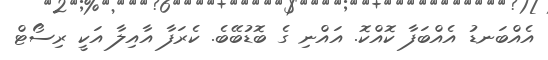
އެއްބަނޑު އެއްބަފާ ކޮއްކޮ. އައްނި ގެ ބޮޑުބޭބެ. ކެރަފާ އާއިލާ އަކީ ރިސޯޓް